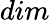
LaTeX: dim